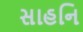
સાહનિ